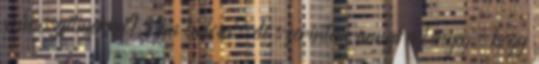
művészfilmekkel? Nem tudom, de szerintem annyi a lényeg, hogy